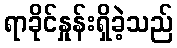
ရာခိုင်နှုန်းရှိခဲ့သည်